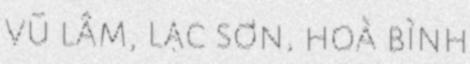
vũ lâm, lạc sơn, hoà bình